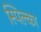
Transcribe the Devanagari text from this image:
स्पिल्का